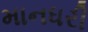
માનધરી